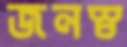
জনস্ব